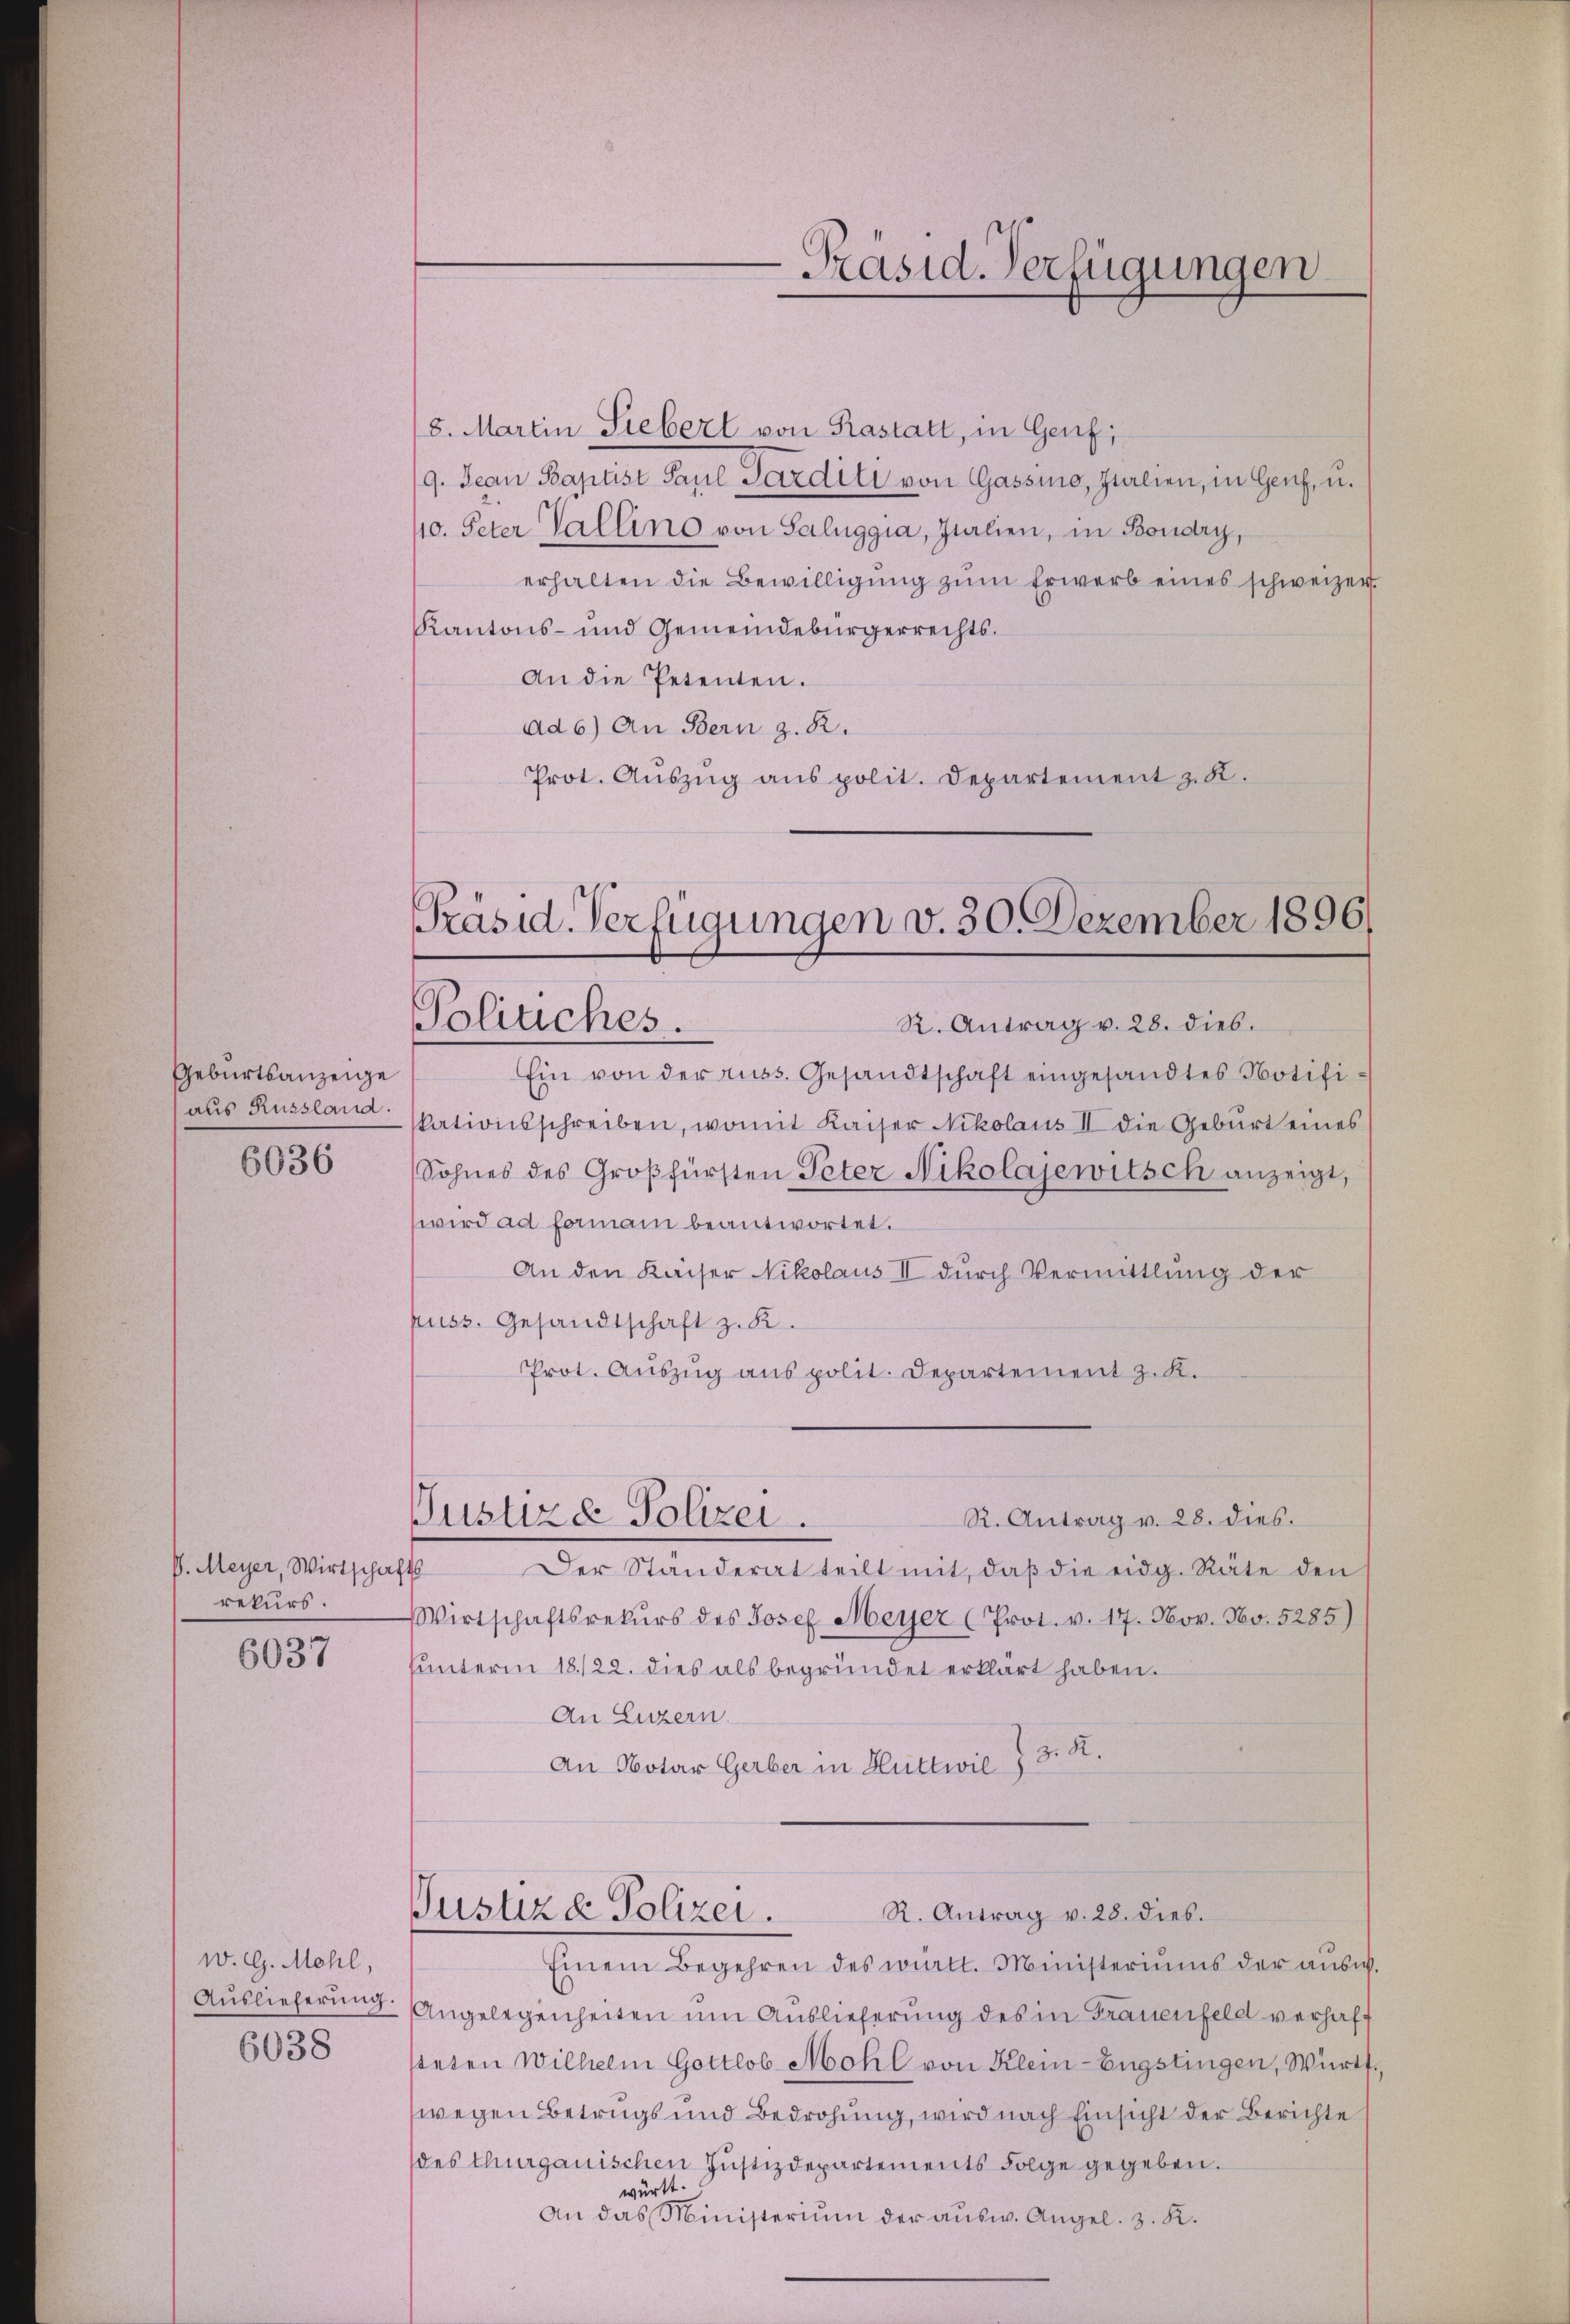
Geburtsanzeige
aus Russland.
6036

V. Meyer, Wirtschafts
rekurs
6037

w. G. Mehl,
Auslieferung
6038

18. Martin Siebert von Rastatt, in Genf;
19. Jean Baptist Paul Parditi von Gassio, zulien, in Genf, u.
10. Peter Vallino von Saluggia, Julien, in Boudry,
erhalten die Bewilligŭng zŭm Erwerb eines schweizer
Kantons- und Gemeindebürgerrechts¬
An die Petenten.
ad 6) An Bern z. B.
Prot. Aŭszŭg aŭs polit. Departement z. K.

Präsid. Verfügungen

Präsid-Verfügungen v. 30. Dezember 1896
Politiches.
R. Antrag v. 28. dies.

Ein von der russ. Gesandtschaft eingesandtes Notifikationsschreiben, womit Kaiser Nikolaus II die Geburt eines
Sohnes des Großfürsten Peter Nikolajewitsch anzeigt,
wird ad formani beantwortet.
An den Kaiser Nikolaus II durch Vermittlung der
puss. Gesandtschaft z. B.
Prot. Aŭszŭg ans polit. Departement z. K.
Justire Polizei.
R. Antrag v. 28. dies.
Der Standerat teilt mit, daß die eidg. Räte den
Wirtschaftsrekŭrs des Josef Meyer (Prot. v. 17. Nov. Nov. 5285)
ŭnterm 18./22. dies als begründet erklärt haben.
An Luzern
An Notar Gerber in Huttwil § 3. S.

R. Antrag v. 28. dies.
Justiza Polizei.

Einem Begehren des württ. Ministeriums der aŭsw.
Angelegenheiten um Auslieferung des in Frauenfeld verhafsteten Wilhelm Gottlob Mohl von Klein-Engstingen, Württ.
wegen Betrugs und Bedrohung, wird nach Einsicht der Berichte
des thurgauischen Justizdepartements Folge gegeben.
württ.
An das Ministerium der aŭsw. Angel. z. K.